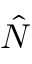
\hat { N }